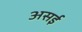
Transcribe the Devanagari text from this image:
असई